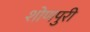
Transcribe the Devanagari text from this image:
शोणपुरी